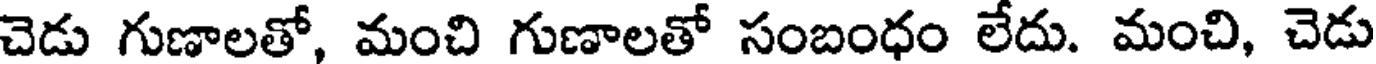
చెడు గుణాలతో, మంచి గుణాలతో సంబంధం లేదు. మంచి, చెడు